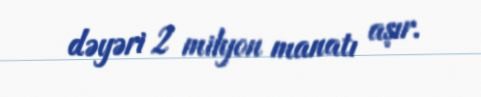
dəyəri 2 milyon manatı aşır.